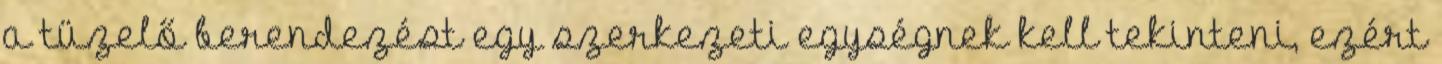
a tüzelő berendezést egy szerkezeti egységnek kell tekinteni, ezért